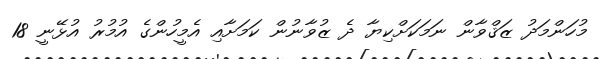
މުހަންމަދު ޒަޤްވާން ނަމަކަށްކިޔާ ދެ ޒުވާނުން ކަމަށާއި އެމީހުންގެ އުމުރު އުޅޭނީ 18